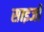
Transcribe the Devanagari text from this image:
साइजों